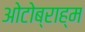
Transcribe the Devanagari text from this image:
ओटोब्राह्म